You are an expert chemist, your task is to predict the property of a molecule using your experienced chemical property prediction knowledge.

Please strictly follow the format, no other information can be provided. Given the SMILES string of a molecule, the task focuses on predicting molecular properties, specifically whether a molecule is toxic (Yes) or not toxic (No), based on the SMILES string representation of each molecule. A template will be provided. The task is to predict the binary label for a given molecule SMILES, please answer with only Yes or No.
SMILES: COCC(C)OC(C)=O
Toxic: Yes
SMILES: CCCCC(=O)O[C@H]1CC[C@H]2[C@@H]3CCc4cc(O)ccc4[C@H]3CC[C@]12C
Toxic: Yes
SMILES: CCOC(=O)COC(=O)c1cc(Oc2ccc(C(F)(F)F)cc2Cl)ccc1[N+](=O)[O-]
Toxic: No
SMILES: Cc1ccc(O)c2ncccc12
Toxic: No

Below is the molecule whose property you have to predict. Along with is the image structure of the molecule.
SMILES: CCc1cc2c(s1)-n1c(C)nnc1CN=C2c1ccccc1Cl
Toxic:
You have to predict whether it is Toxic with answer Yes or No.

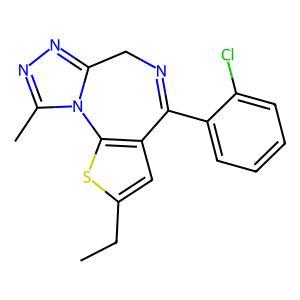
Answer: No